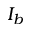
I _ { b }